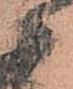
々